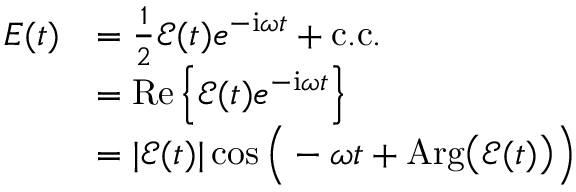
\begin{array} { r l } { E ( t ) } & { = \frac { 1 } { 2 } \mathcal { E } ( t ) e ^ { - \mathrm { { i } } \omega t } + \mathrm { c . c . } } \\ & { = { \mathrm { R e } } \left\{ \mathcal { E } ( t ) e ^ { - { \mathrm { i } } \omega t } \right\} } \\ & { = | \mathcal { E } ( t ) | \cos { \Big ( - \omega t + \mathrm { A r g } \big ( \mathcal { E } ( t ) \big ) \Big ) } } \end{array}